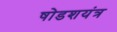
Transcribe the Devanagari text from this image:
षोडशयंत्र